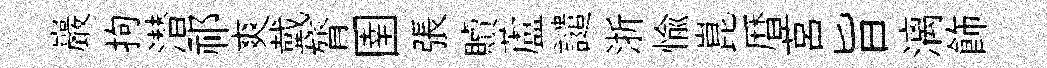
巖拘潜祁爽戴膂圉張贖蘆譴浙愉崑暦莒旨漓飾